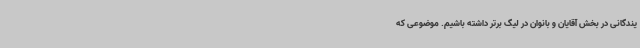
یندگانی در بخش آقایان و بانوان در لیگ برتر داشته باشیم. موضوعی که